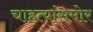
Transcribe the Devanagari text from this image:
चाहत्यांसमोर